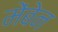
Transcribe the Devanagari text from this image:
मेंबेन